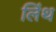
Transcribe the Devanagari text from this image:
लिंथ